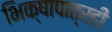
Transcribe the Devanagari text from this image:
भिक्षापात्रही